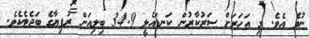
ނުވެ އެވެ. މި އަހަރަށް ސަރުކާރުން ކަނޑައެޅީ 34.9 ބިލިއަން ރުފިޔާގެ ބަޖެޓެކެވެ.